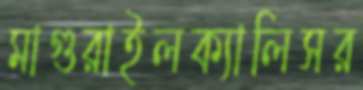
মাগুরাইলক্যালিসর